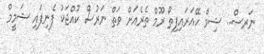
ނަރސް.. ޝިމް ހޭއަރައިފިތޯ ރޫމް ތެރެއަށް ވަތް ނަރުސް ކުއްޖަކު ފެނިފައި ޝަމީމް